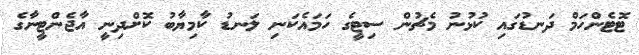
ޓޮޓެންހަމް ދަނޑުގައި ކުޅުނު މެޗުން ސިޓީގެ ހަމައެކަނި ލަނޑު ކާމިޔާބު ކޮށްދިނީ އާޖެންޓީނާގެ